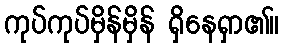
ကုပ်ကုပ်မှိန်မှိန် ရှိနေရှာ၏။